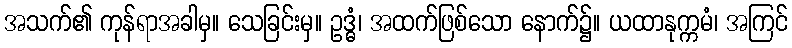
အသက်၏ ကုန်ရာအခါမှ။ သေခြင်းမှ။ ဥဒ္ဓံ၊ အထက်ဖြစ်သော နောက်၌။ ယထာနုက္ကမံ၊ အကြင်